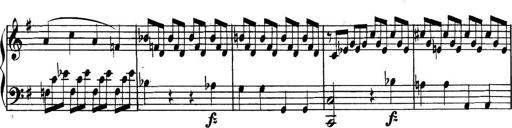
Title: Collected Piano Sonatas
Composer: Muzio Clementi